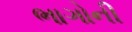
ભાગોની